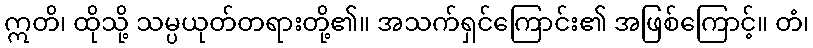
ဣတိ၊ ထိုသို့ သမ္ပယုတ်တရားတို့၏။ အသက်ရှင်ကြောင်း၏ အဖြစ်ကြောင့်။ တံ၊